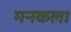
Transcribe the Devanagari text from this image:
मनकला